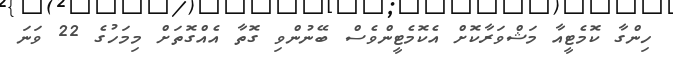
ހިންގާ ކޮމެޓީއާ މަޝްވަރާކޮށް އެކޮމެޓީންވެސް ބޭނުންވި ގޮތާ އެއްގޮތަށް މިމަހުގެ 22 ވަނަ